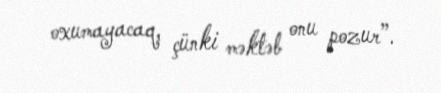
oxumayacaq, çünki məktəb onu pozur”.